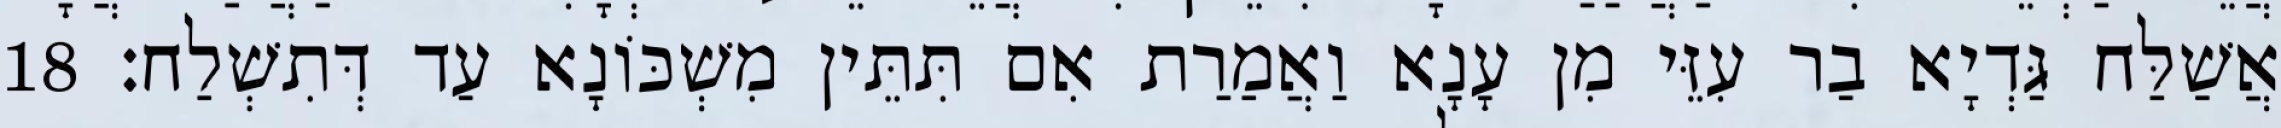
אֲשַׁלַּח גַּדְיָא בַר עִזֵּי מִן עָנָא וַאֲמַרַת אִם תִּתֵּין מִשְׁכּוֹנָא עַד דְּתִשְׁלַח׃ 18